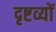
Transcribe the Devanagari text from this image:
दृष्टव्यों